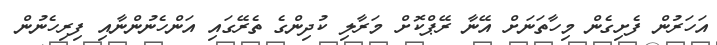
އަހަރުން ފެށިގެން މިހާތަނަށް އޭނާ ރޭޕްކޮށް މަރާލި ކުދިންގެ ތެރޭގައި އަންހެނުންނާއި ފިރިހެނުން